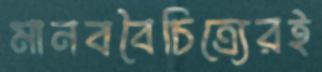
মানববৈচিত্র্যেরই